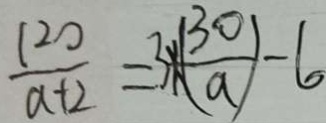
\frac { 1 2 0 } { a + 2 } = 3 \times ( \frac { 3 0 } { a } ) - 6